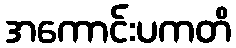
အကောင်းပကတိ